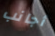
أجانب